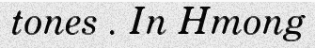
tones . In Hmong